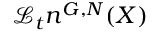
\mathcal { L } _ { t } n ^ { G , N } ( X )